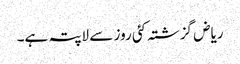
ریاض گزشتہ کئی روز سے لاپتہ ہے۔